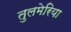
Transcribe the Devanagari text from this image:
तुलमेरिया